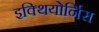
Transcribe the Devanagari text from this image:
इक्थियोर्निस